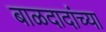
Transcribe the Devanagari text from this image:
बाळदादांच्या